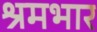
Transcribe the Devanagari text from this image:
श्रमभार